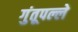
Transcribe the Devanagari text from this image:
गुंतूपल्ले